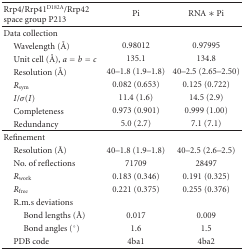
<table><thead><tr><td><b>Rrp4/Rrp41<sup>D182A</sup>/Rrp42 space group P213</b></td><td><b>Pi</b></td><td><b>RNA ∗ Pi</b></td></tr></thead><tbody><tr><td>Data collection</td><td> </td><td> </td></tr><tr><td> Wavelength (Å)</td><td>0.98012</td><td>0.97995</td></tr><tr><td> Unit cell (Å), <i>a</i> = <i>b</i> = <i>c</i></td><td>135.1</td><td>134.8</td></tr><tr><td> Resolution (Å)</td><td>40–1.8 (1.9–1.8)</td><td>40–2.5 (2.65–2.50)</td></tr><tr><td> <i>R</i><sub>sym</sub></td><td>0.082 (0.653)</td><td>0.125 (0.722)</td></tr><tr><td> <i>I</i>/<i>σ</i>(<i>I</i>)</td><td>11.4 (1.6)</td><td>14.5 (2.9)</td></tr><tr><td> Completeness</td><td>0.973 (0.901)</td><td>0.999 (1.00)</td></tr><tr><td> Redundancy</td><td>5.0 (2.7)</td><td>7.1 (7.1)</td></tr><tr><td>Refinement</td><td> </td><td> </td></tr><tr><td> Resolution (Å)</td><td>40–1.8 (1.9–1.8)</td><td>40–2.5 (2.6–2.5)</td></tr><tr><td> No. of reflections</td><td>71709</td><td>28497</td></tr><tr><td> <i>R</i><sub>work</sub></td><td>0.183 (0.346)</td><td>0.191 (0.325)</td></tr><tr><td> <i>R</i><sub>free</sub></td><td>0.221 (0.375)</td><td>0.255 (0.376)</td></tr><tr><td> R.m.s deviations</td><td> </td><td> </td></tr><tr><td>Bond lengths (Å)</td><td>0.017</td><td>0.009</td></tr><tr><td>Bond angles (°)</td><td>1.6</td><td>1.5</td></tr><tr><td> PDB code</td><td>4ba1</td><td>4ba2</td></tr></tbody></table>